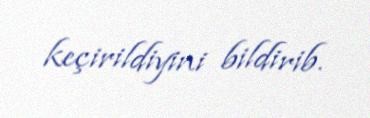
keçirildiyini bildirib.